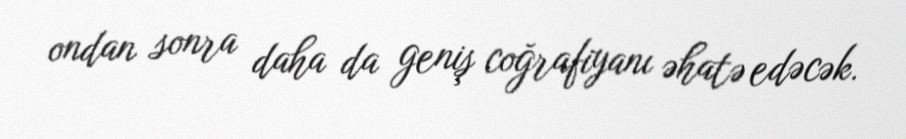
ondan sonra daha da geniş coğrafiyanı əhatə edəcək.